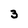
Character: 3